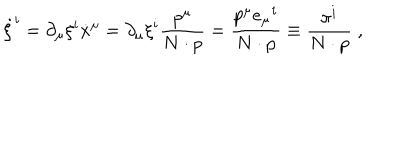
\dot { \xi } ^ { i } = \partial _ { \mu } \xi ^ { i } \dot { x } ^ { \mu } = \partial _ { \mu } \xi ^ { i } \frac { p ^ { \mu } } { N \cdot p } = \frac { p ^ { \mu } e _ { \mu } ^ { \; \; i } } { N \cdot p } \equiv \frac { \pi ^ { i } } { N \cdot p } \; ,